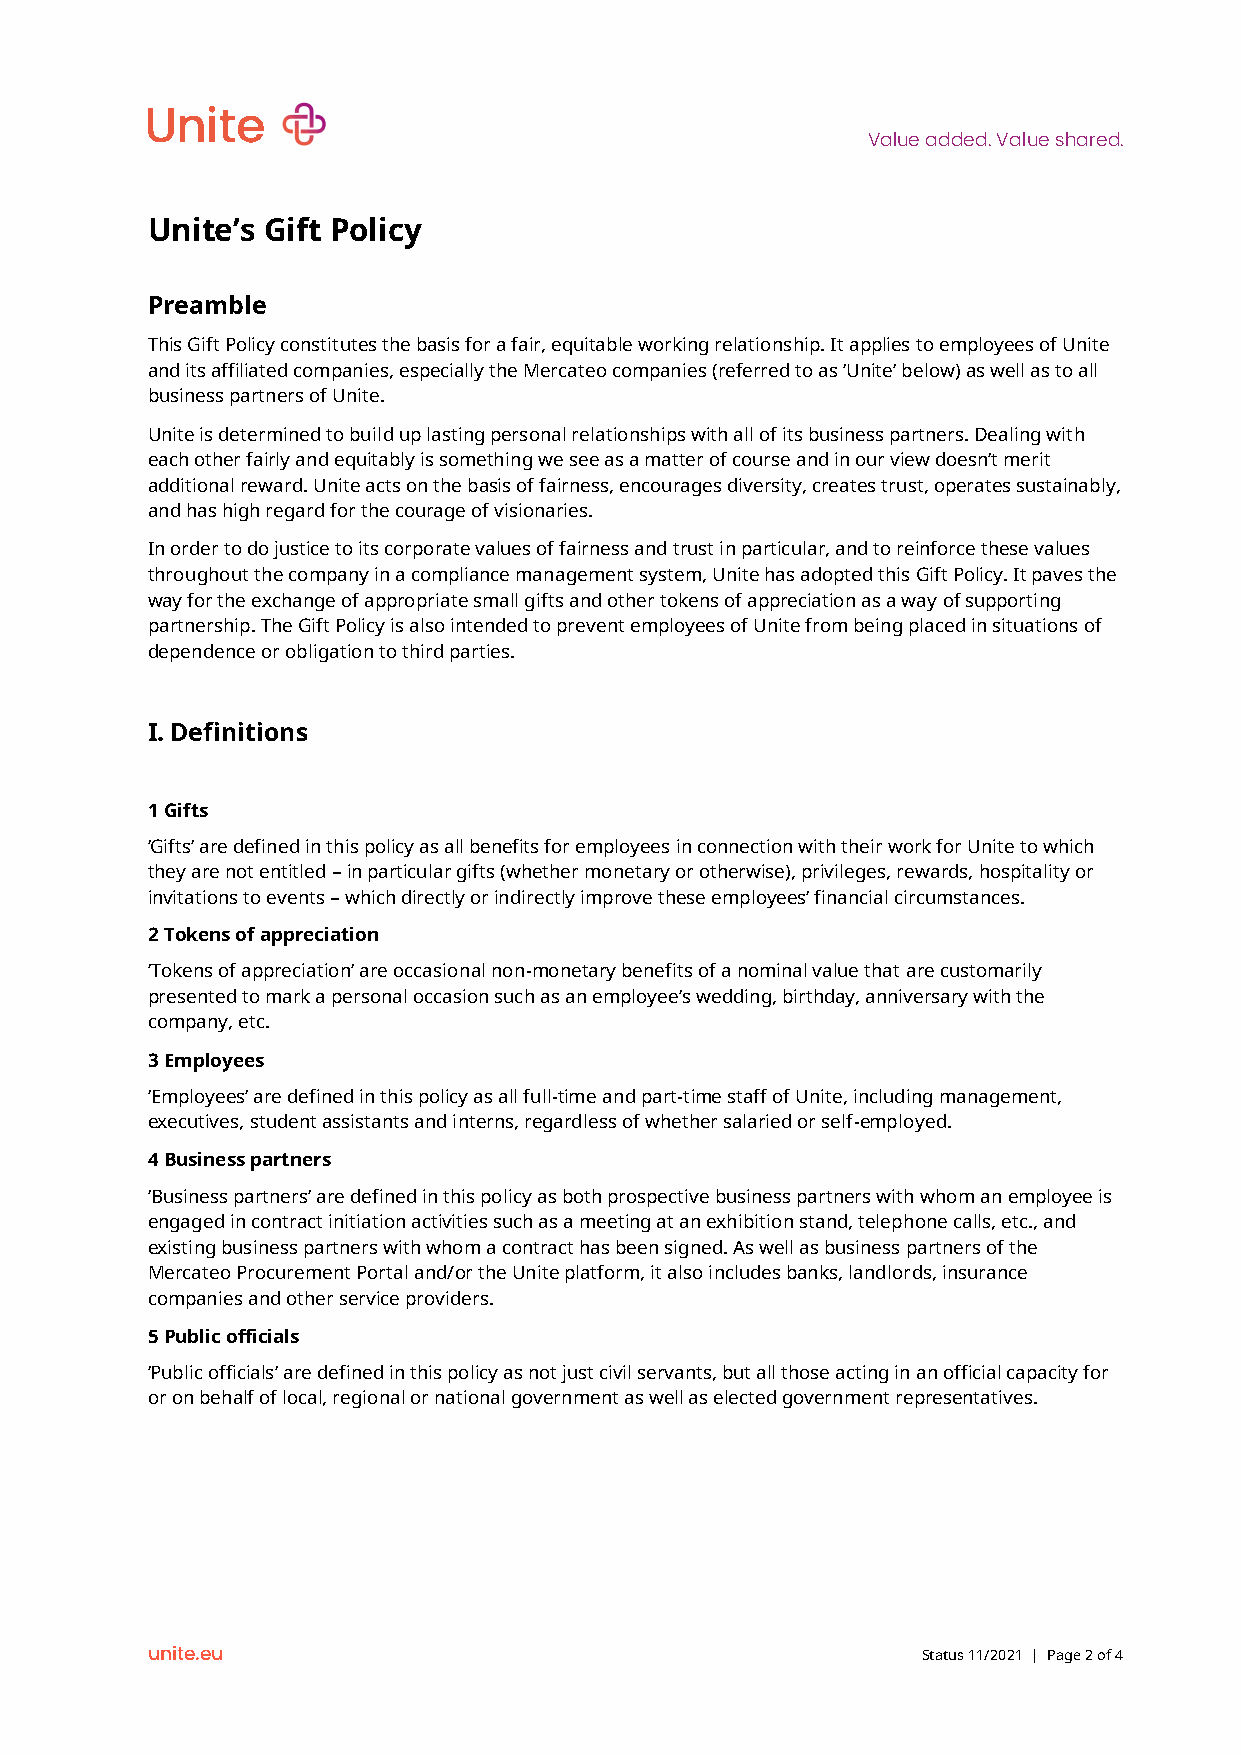
Value added. Value shared.
 Unite’s Gift Policy
 Preamble
 This Gift Policy constitutes the basis for a fair, equitable working relationship. It applies to employees of Unite
 and its affiliated companies, especially the Mercateo companies (referred to as ‘Unite’ below) as well as to all
 business partners of Unite.
 Unite is determined to build up lasting personal relationships with all of its business partners. Dealing with
 each other fairly and equitably is something we see as a matter of course and in our view doesn’t merit
 additional reward. Unite acts on the basis of fairness, encourages diversity, creates trust, operates sustainably,
 and has high regard for the courage of visionaries.
 In order to do justice to its corporate values of fairness and trust in particular, and to reinforce these values
 throughout the company in a compliance management system, Unite has adopted this Gift Policy. It paves the
 way for the exchange of appropriate small gifts and other tokens of appreciation as a way of supporting
 partnership. The Gift Policy is also intended to prevent employees of Unite from being placed in situations of
 dependence or obligation to third parties.
 I. Definitions
 1 Gifts
 ‘Gifts’ are defined in this policy as all benefits for employees in connection with their work for Unite to which
 they are not entitled – in particular gifts (whether monetary or otherwise), privileges, rewards, hospitality or
 invitations to events – which directly or indirectly improve these employees’ financial circumstances.
 2 Tokens of appreciation
 ‘Tokens of appreciation’ are occasional non-monetary benefits of a nominal value that are customarily
 presented to mark a personal occasion such as an employee’s wedding, birthday, anniversary with the
 company, etc.
 3 Employees
 ‘Employees’ are defined in this policy as all full-time and part-time staff of Unite, including management,
 executives, student assistants and interns, regardless of whether salaried or self-employed.
 4 Business partners
 ‘Business partners’ are defined in this policy as both prospective business partners with whom an employee is
 engaged in contract initiation activities such as a meeting at an exhibition stand, telephone calls, etc., and
 existing business partners with whom a contract has been signed. As well as business partners of the
 Mercateo Procurement Portal and/or the Unite platform, it also includes banks, landlords, insurance
 companies and other service providers.
 5 Public officials
 ‘Public officials’ are defined in this policy as not just civil servants, but all those acting in an official capacity for
 or on behalf of local, regional or national government as well as elected government representatives.
 unite.eu                                           Status 11/2021 | Page 2 of 4